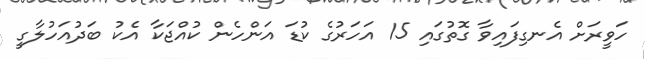
ހަވީރަށް އެނގިފައިވާ ގޮތުގައި 15 އަހަރުގެ ކުޑަ އަންހެން ކުއްޖަކާ އެކު ބަދުއަހުލާގީ